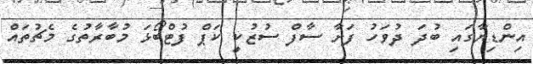
އިންޑިޔާގައި ބުދަ ދުވަހު ފަށާ ސާފް ސުޒުކީ ކަޕް ފުޓްބޯޅަ މުބާރާތުގެ މެޗުތައް